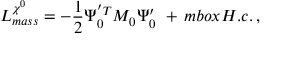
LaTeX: { \cal L } _ { m a s s } ^ { \chi ^ { 0 } } = - { \frac { 1 } { 2 } } \Psi _ { 0 } ^ { ' T } { \cal M } _ { 0 } \Psi _ { 0 } ^ { \prime } \ + \, m b o x { H . c . } \, ,